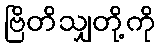
ဗြိတိသျှတို့ကို